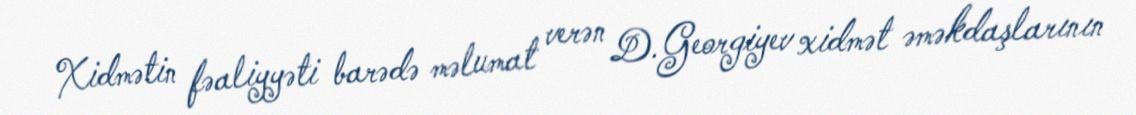
Xidmətin fəaliyyəti barədə məlumat verən D.Georgiyev xidmət əməkdaşlarının